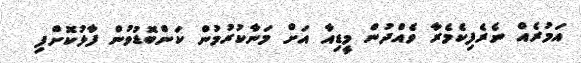
އަމުރެއް ނެރެފިކެމެރާ ވެއްދުން މީޑިއާ އަށް މަނާކުރުމުން ކަންބޮޑުވުން ފާޅުކޮށްފި